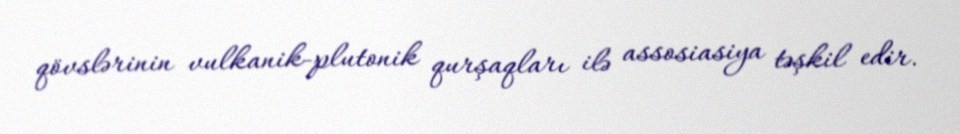
qövslərinin vulkanik-plutonik qurşaqları ilə assosiasiya təşkil edir.